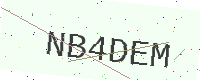
Text: NB4DEM